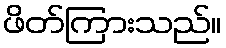
ဖိတ်ကြားသည်။